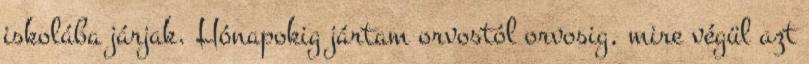
iskolába járjak. Hónapokig jártam orvostól orvosig, mire végül azt